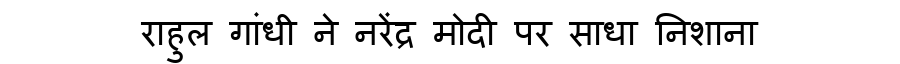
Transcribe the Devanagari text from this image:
राहुल गांधी ने नरेंद्र मोदी पर साधा निशाना